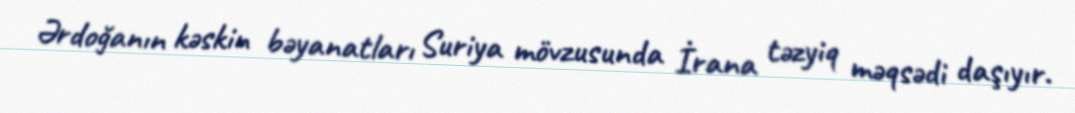
Ərdoğanın kəskin bəyanatları Suriya mövzusunda İrana təzyiq məqsədi daşıyır.